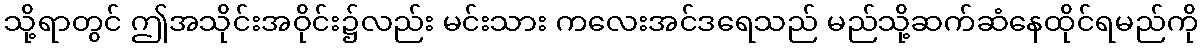
သို့ရာတွင် ဤအသိုင်းအဝိုင်း၌လည်း မင်းသား ကလေးအင်ဒရေသည် မည်သို့ဆက်ဆံနေထိုင်ရမည်ကို